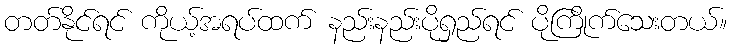
တတ်နိုင်ရင် ကိုယ့်အရပ်ထက် နည်းနည်းပိုရှည်ရင် ပိုကြိုက်သေးတယ်။